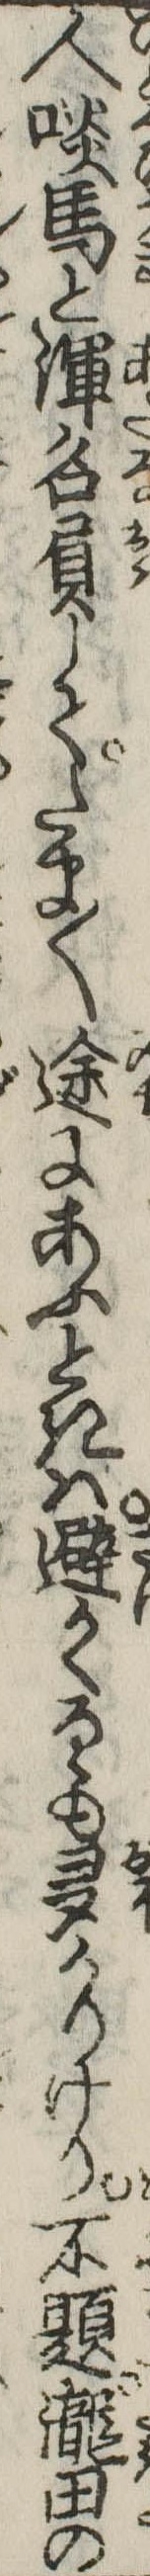
人啖馬と渾名負してたま〱途にあふときは避かくるゝも多かりけり不題滝田の